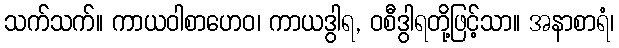
သက်သက်။ ကာယဝါစာဟေဝ၊ ကာယဒွါရ, ဝစီဒွါရတို့ဖြင့်သာ။ အနာစာရံ၊